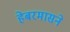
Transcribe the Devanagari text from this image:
हेबरमासने